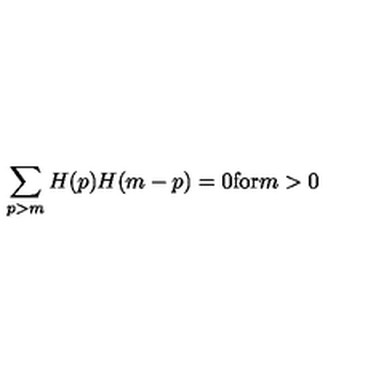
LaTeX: \sum _ { p > m } H ( p ) H ( m - p ) = 0 \mathrm { f o r } m > 0